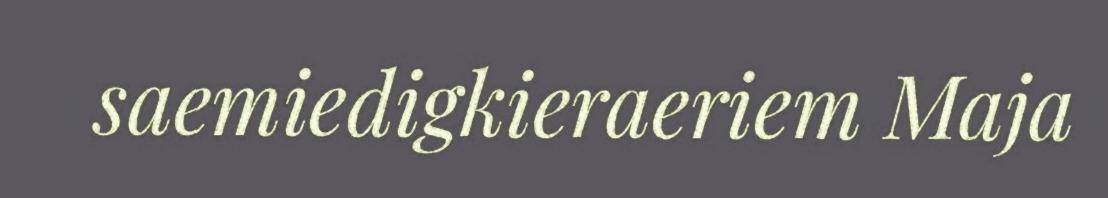
saemiedigkieraeriem Maja